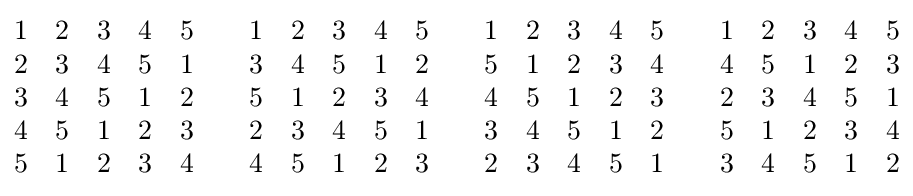
{\begin{matrix}1&2&3&4&5\\2&3&4&5&1\\3&4&5&1&2\\4&5&1&2&3\\5&1&2&3&4\end{matrix}}\qquad {\begin{matrix}1&2&3&4&5\\3&4&5&1&2\\5&1&2&3&4\\2&3&4&5&1\\4&5&1&2&3\end{matrix}}\qquad {\begin{matrix}1&2&3&4&5\\5&1&2&3&4\\4&5&1&2&3\\3&4&5&1&2\\2&3&4&5&1\end{matrix}}\qquad {\begin{matrix}1&2&3&4&5\\4&5&1&2&3\\2&3&4&5&1\\5&1&2&3&4\\3&4&5&1&2\end{matrix}}